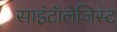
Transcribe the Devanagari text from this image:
साइंटॉलेजिस्ट